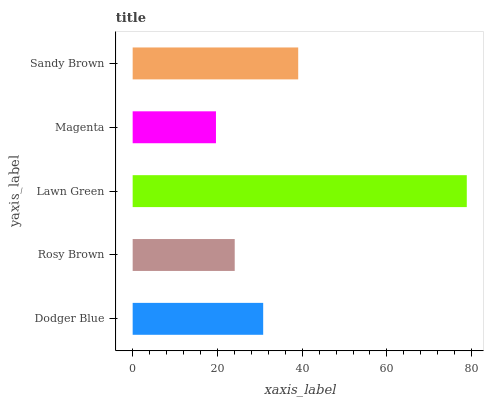
| yaxis_label | bars |
 | --- | --- |
 | Dodger Blue | 30.8 |
 | Rosy Brown | 24.1 |
 | Lawn Green | 78.8 |
 | Magenta | 19.7 |
 | Sandy Brown | 39.1 |